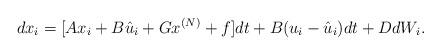
LaTeX: \begin{align*}dx_i= [Ax_i+B\hat u_i +Gx^{(N)} +f] dt +B(u_i-\hat u_i) dt +DdW_i. \end{align*}